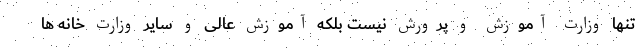
تنها وزارت آموزش و پرورش نیست بلکه آموزش عالی و سایر وزارت خانه ها